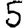
Digit: 5